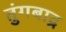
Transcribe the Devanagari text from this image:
तुंगबाद्र